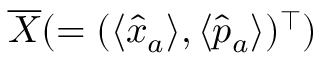
\overline { { X } } ( = ( \langle \hat { x } _ { a } \rangle , \langle \hat { p } _ { a } \rangle ) ^ { \top } )